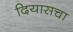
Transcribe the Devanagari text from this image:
दियासचा